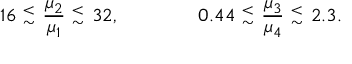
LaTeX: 1 6 ~ { ^ < _ { \sim } } ~ { \frac { \mu _ { 2 } } { \mu _ { 1 } } } ~ { ^ < _ { \sim } } ~ 3 2 , \qquad \qquad 0 . 4 4 ~ { ^ < _ { \sim } } ~ { \frac { \mu _ { 3 } } { \mu _ { 4 } } } ~ { ^ < _ { \sim } } ~ 2 . 3 .